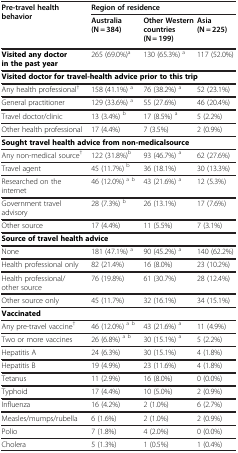
<table><thead><tr><td rowspan="2"><b>Pre-travel health behavior</b></td><td colspan="3"><b>Region of residence</b></td></tr><tr><td><b>Australia(N = 384)</b></td><td><b>Other Western countries(N = 199)</b></td><td><b>Asia(N = 225)</b></td></tr></thead><tbody><tr><td><b>Visited any doctor in the past year</b></td><td>265 (69.0%)<sup>a</sup></td><td>130 (65.3%) <sup>a</sup></td><td>117 (52.0%)</td></tr><tr><td colspan="4"><b>Visited doctor for travel-health advice prior to this trip</b></td></tr><tr><td>Any health professional<sup>†</sup></td><td>158 (41.1%) <sup>a</sup></td><td>76 (38.2%) <sup>a</sup></td><td>52 (23.1%)</td></tr><tr><td>General practitioner</td><td>129 (33.6%) <sup>a</sup></td><td>55 (27.6%)</td><td>46 (20.4%)</td></tr><tr><td>Travel doctor/clinic</td><td>13 (3.4%) <sup>b</sup></td><td>17 (8.5%) <sup>a</sup></td><td>5 (2.2%)</td></tr><tr><td>Other health professional</td><td>17 (4.4%)</td><td>7 (3.5%)</td><td>2 (0.9%)</td></tr><tr><td colspan="4"><b>Sought travel health advice from non-medicalsource</b></td></tr><tr><td>Any non-medical source<sup>†</sup></td><td>122 (31.8%)<sup>b</sup></td><td>93 (46.7%) <sup>a</sup></td><td>62 (27.6%)</td></tr><tr><td>Travel agent</td><td>45 (11.7%) <sup>b</sup></td><td>36 (18.1%)</td><td>30 (13.3%)</td></tr><tr><td>Researched on the internet</td><td>46 (12.0%) <sup>a b</sup></td><td>43 (21.6%) <sup>a</sup></td><td>12 (5.3%)</td></tr><tr><td>Government travel advisory</td><td>28 (7.3%) <sup>b</sup></td><td>26 (13.1%)</td><td>17 (7.6%)</td></tr><tr><td>Other source</td><td>17 (4.4%)</td><td>11 (5.5%)</td><td>7 (3.1%)</td></tr><tr><td colspan="4"><b>Source of travel health advice</b></td></tr><tr><td>None</td><td>181 (47.1%) <sup>a</sup></td><td>90 (45.2%) <sup>a</sup></td><td>140 (62.2%)</td></tr><tr><td>Health professional only</td><td>82 (21.4%)</td><td>16 (8.0%)</td><td>23 (10.2%)</td></tr><tr><td>Health professional/other source</td><td>76 (19.8%)</td><td>61 (30.7%)</td><td>28 (12.4%)</td></tr><tr><td>Other source only</td><td>45 (11.7%)</td><td>32 (16.1%)</td><td>34 (15.1%)</td></tr><tr><td><b>Vaccinated</b></td><td> </td><td> </td><td> </td></tr><tr><td>Any pre-travel vaccine<sup>†</sup></td><td>46 (12.0%) <sup>a b</sup></td><td>43 (21.6%) <sup>a</sup></td><td>11 (4.9%)</td></tr><tr><td>Two or more vaccines</td><td>26 (6.8%) <sup>a b</sup></td><td>30 (15.1%) <sup>a</sup></td><td>5 (2.2%)</td></tr><tr><td>Hepatitis A</td><td>24 (6.3%)</td><td>30 (15.1%)</td><td>4 (1.8%)</td></tr><tr><td>Hepatitis B</td><td>19 (4.9%)</td><td>23 (11.6%)</td><td>4 (1.8%)</td></tr><tr><td>Tetanus</td><td>11 (2.9%)</td><td>16 (8.0%)</td><td>0 (0.0%)</td></tr><tr><td>Typhoid</td><td>17 (4.4%)</td><td>10 (5.0%)</td><td>2 (0.9%)</td></tr><tr><td>Influenza</td><td>16 (4.2%)</td><td>2 (1.0%)</td><td>6 (2.7%)</td></tr><tr><td>Measles/mumps/rubella</td><td>6 (1.6%)</td><td>2 (1.0%)</td><td>2 (0.9%)</td></tr><tr><td>Polio</td><td>7 (1.8%)</td><td>4 (2.0%)</td><td>0 (0.0%)</td></tr><tr><td>Cholera</td><td>5 (1.3%)</td><td>1 (0.5%)</td><td>1 (0.4%)</td></tr></tbody></table>